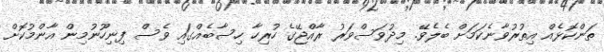
ތަންކޮޅެއް އިތުރުވާނެކަމަށް ބެލެވޭ. މިދުވަސްވަރު ރާއްޖޭގެ ހުރިހާ ހިސާބެއްގައި ވެސް ފިނިހޫނުމިން އާންމުކޮށް